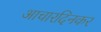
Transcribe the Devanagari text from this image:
आचारदिनकर